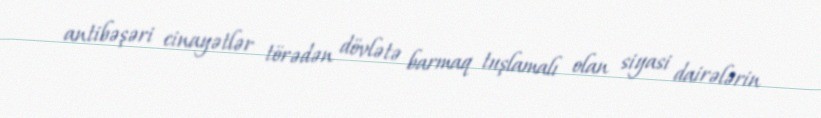
antibəşəri cinayətlər törədən dövlətə barmaq tuşlamalı olan siyasi dairələrin